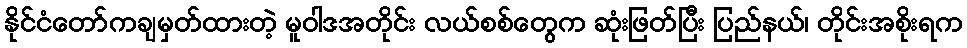
နိုင်ငံတော်ကချမှတ်ထားတဲ့ မူဝါဒအတိုင်း လယ်စစ်တွေက ဆုံးဖြတ်ပြီး ပြည်နယ်၊ တိုင်းအစိုးရက